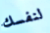
لنفسك